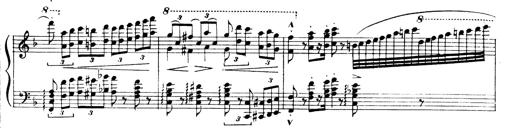
Title: Andante Finale und Marsch aus der Oper KÃ¶nig Alfred
Composer: Franz Liszt